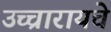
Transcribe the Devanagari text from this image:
उच्चारायचे